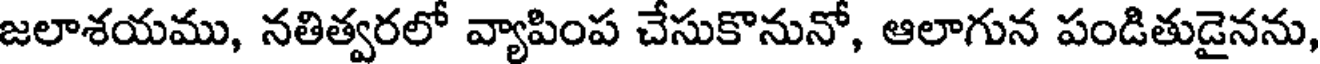
జలాశయము, నతిత్వరలో వ్యాపింప చేసుకొనునో, ఆలాగున పండితుడైనను,